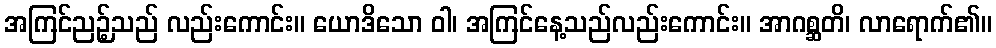
အကြင်ညဉ့်သည် လည်းကောင်း။ ယောဒိသော ဝါ၊ အကြင်နေ့သည်လည်းကောင်း။ အာဂစ္ဆတိ၊ လာရောက်၏။